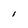
Character: l